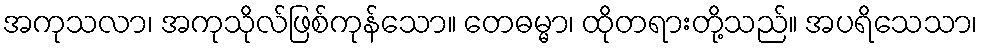
အကုသလာ၊ အကုသိုလ်ဖြစ်ကုန်သော။ တေဓမ္မာ၊ ထိုတရားတို့သည်။ အပရိသေသာ၊